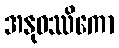
အနုဝဿိကော